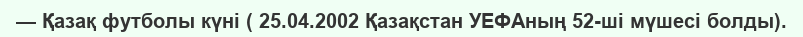
— Қазақ футболы күні ( 25.04.2002 Қазақстан УЕФАның 52-ші мүшесі болды).